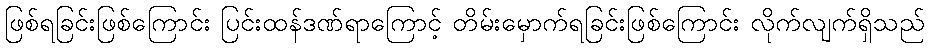
ဖြစ်ရခြင်းဖြစ်ကြောင်း ပြင်းထန်ဒဏ်ရာကြောင့် တိမ်းမှောက်ရခြင်းဖြစ်ကြောင်း လိုက်လျက်ရှိသည်